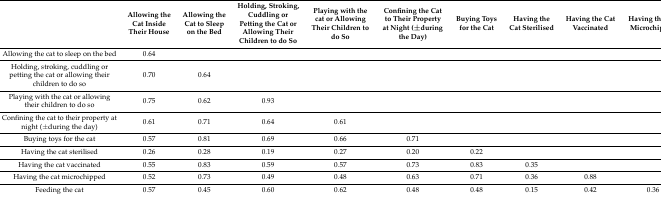
<table><thead><tr><td></td><td><b>Allowing the Cat Inside Their House</b></td><td><b>Allowing the Cat to Sleep on the Bed</b></td><td><b>Holding, Stroking, Cuddling or Petting the Cat or Allowing Their Children to do So</b></td><td><b>Playing with the cat or Allowing Their Children to do So</b></td><td><b>Confining the Cat to Their Property at Night (±during the Day)</b></td><td><b>Buying Toys for the Cat</b></td><td><b>Having the Cat Sterilised</b></td><td><b>Having the Cat Vaccinated</b></td><td><b>Having the Cat Microchipped</b></td></tr></thead><tbody><tr><td>Allowing the cat to sleep on the bed</td><td>0.64</td><td></td><td></td><td></td><td></td><td></td><td></td><td></td><td></td></tr><tr><td>Holding, stroking, cuddling or petting the cat or allowing their children to do so</td><td>0.70</td><td>0.64</td><td></td><td></td><td></td><td></td><td></td><td></td><td></td></tr><tr><td>Playing with the cat or allowing their children to do so</td><td>0.75</td><td>0.62</td><td>0.93</td><td></td><td></td><td></td><td></td><td></td><td></td></tr><tr><td>Confining the cat to their property at night (±during the day)</td><td>0.61</td><td>0.71</td><td>0.64</td><td>0.61</td><td></td><td></td><td></td><td></td><td></td></tr><tr><td>Buying toys for the cat</td><td>0.57</td><td>0.81</td><td>0.69</td><td>0.66</td><td>0.71</td><td></td><td></td><td></td><td></td></tr><tr><td>Having the cat sterilised</td><td>0.26</td><td>0.28</td><td>0.19</td><td>0.27</td><td>0.20</td><td>0.22</td><td></td><td></td><td></td></tr><tr><td>Having the cat vaccinated</td><td>0.55</td><td>0.83</td><td>0.59</td><td>0.57</td><td>0.73</td><td>0.83</td><td>0.35</td><td></td><td></td></tr><tr><td>Having the cat microchipped</td><td>0.52</td><td>0.73</td><td>0.49</td><td>0.48</td><td>0.63</td><td>0.71</td><td>0.36</td><td>0.88</td><td></td></tr><tr><td>Feeding the cat</td><td>0.57</td><td>0.45</td><td>0.60</td><td>0.62</td><td>0.48</td><td>0.48</td><td>0.15</td><td>0.42</td><td>0.36</td></tr></tbody></table>